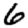
Digit: 6